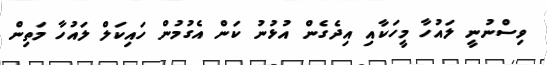
ވިސްނުނީ ލައުހާ މީހަކާއި އިދެގެން އުޅުނު ކަން އެގުމުން ހައިކަލް ލައުހާ މަތިން